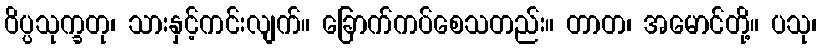
ဝိပ္ပသုက္ခတု၊ သားနှင့်ကင်းလျက်။ ခြောက်ကပ်စေသတည်း။ တာတ၊ အမောင်တို့။ ပသု၊